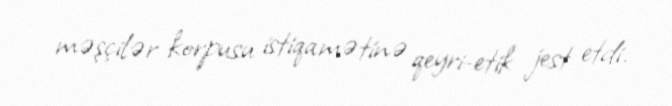
məşçilər korpusu istiqamətinə qeyri-etik jest etdi.